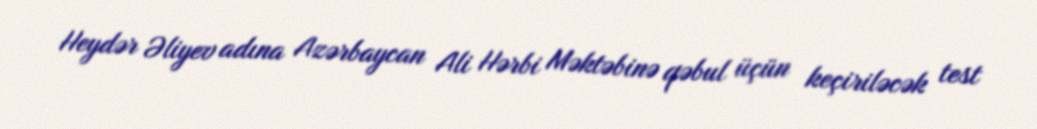
Heydər Əliyev adına Azərbaycan Ali Hərbi Məktəbinə qəbul üçün keçiriləcək test